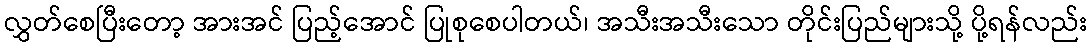
လွှတ်စေပြီးတော့ အားအင် ပြည့်အောင် ပြုစုစေပါတယ်၊ အသီးအသီးသော တိုင်းပြည်များသို့ ပို့ရန်လည်း